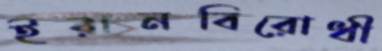
ইরানবিরোধী